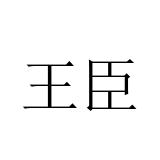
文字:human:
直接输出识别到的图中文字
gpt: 王臣